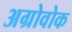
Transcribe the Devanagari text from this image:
अग्रोवोक